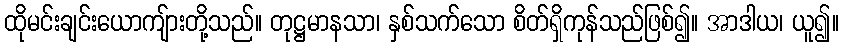
ထိုမင်းချင်းယောကျ်ားတို့သည်။ တုဋ္ဌမာနသာ၊ နှစ်သက်သော စိတ်ရှိကုန်သည်ဖြစ်၍။ အာဒါယ၊ ယူ၍။